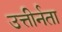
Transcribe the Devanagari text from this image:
उत्तीर्नता